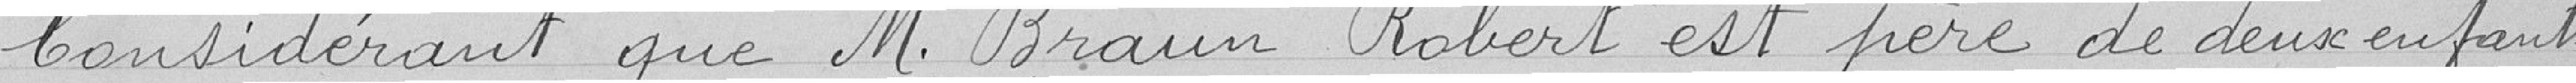
Considérant que Monsieur Braun Robert est père de deux enfants